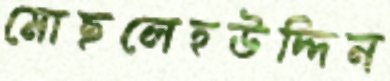
মোছলেহউদ্দিন